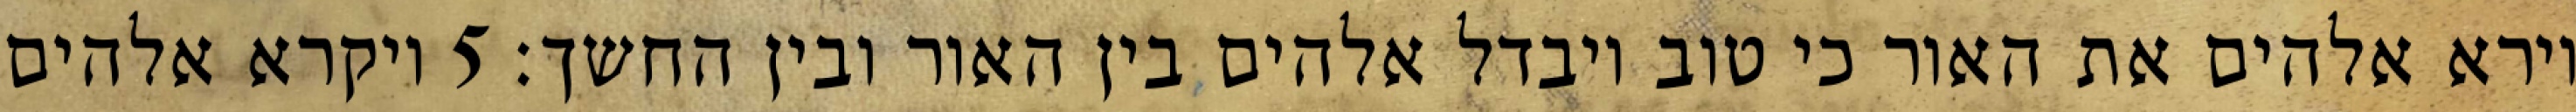
וירא אלהים את האור כי טוב ויבדל אלהים בין האור ובין החשך׃ ‎5‏ ויקרא אלהים